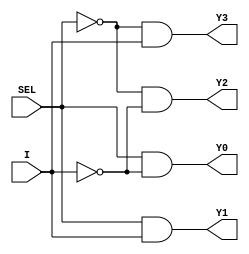
module demux_1to4 (
    input wire SEL,
    input wire I,
    output reg Y0,
    output reg Y1,
    output reg Y2,
    output reg Y3
);

always @(*)
begin
    Y0 = SEL & ~I;
    Y1 = SEL & I;
    Y2 = ~SEL & ~I;
    Y3 = ~SEL & I;
end

endmodule